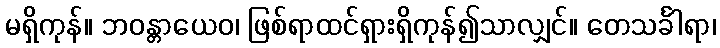
မရှိကုန်။ ဘဝန္တာယေဝ၊ ဖြစ်ရာထင်ရှားရှိကုန်၍သာလျှင်။ တေသင်္ခါရာ၊